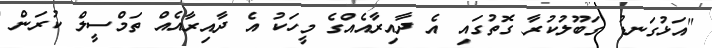
"އަޅުގަނޑު ގަބޫލުކުރާ ގޮތުގައި އެ ދާއިރާއެއްގެ މީހަކު އެ ދާއިރާއެއް ތަމްސީލް ކުރަން